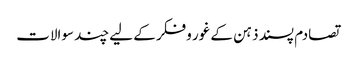
تصادم پسند ذہن کے غور وفکر کے لیے چند سوالات